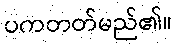
ပကတတ်မည်၏။